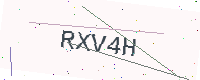
Text: RXV4H